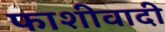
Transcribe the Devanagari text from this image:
फाशीवादी